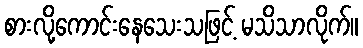
စားလို့ကောင်းနေသေးသဖြင့် မသိသာလိုက်။